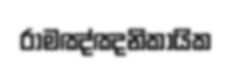
රාමඤ්ඤනිකායික